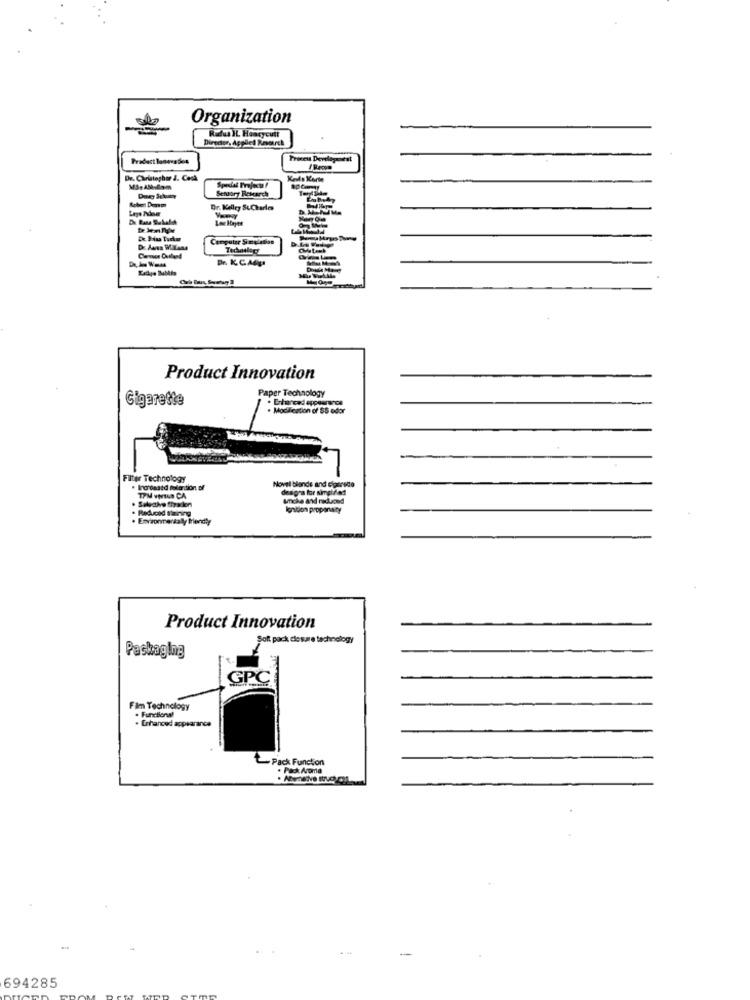
Organization
Rufus HL. Hoarycutt
Product lanevades
Process Developmest
Dr. Christopher J. Cook
Kaide Korte
MSeAbilom
Settory Research
Dr. Kelley StCharles
De Piu Turm
Computer Simulation
Dr. K. C.Adp
Product Innovation
Paper Technology
Cigarette
. Modification of $S odor
Filter Technology
Novel blande and cigarsde
dasgra for simpldet
TPM vWILD CA
lonibion proponaty
Product Innovation
Soft pack closure technology
Packaging
GPC
Fim Technology
. Enhanced appearance
+ Pack Function
694285